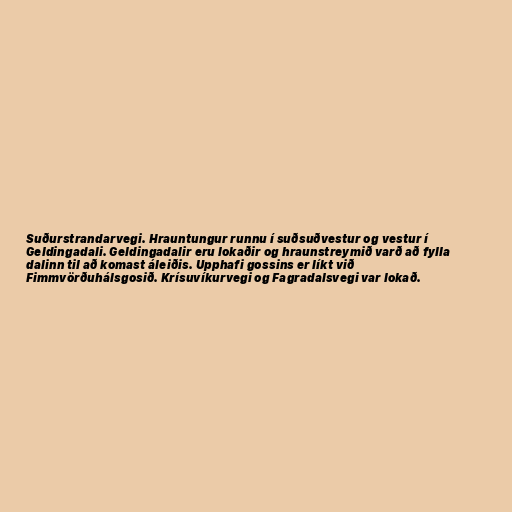
Suðurstrandarvegi. Hrauntungur runnu í suðsuðvestur og vestur í
Geldingadali. Geldingadalir eru lokaðir og hraunstreymið varð að fylla
dalinn til að komast áleiðis. Upphafi gossins er líkt við
Fimmvörðuhálsgosið. Krísuvíkurvegi og Fagradalsvegi var lokað.